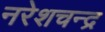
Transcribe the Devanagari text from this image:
नरेशचन्द्र